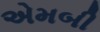
એમબી